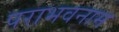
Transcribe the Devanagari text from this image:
पराभवनाम